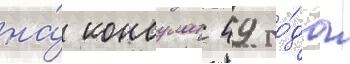
на́ консулат 49 го́да